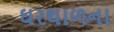
ઘરથાળના